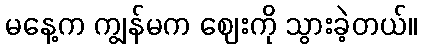
မနေ့က ကျွန်မက ဈေးကို သွားခဲ့တယ်။